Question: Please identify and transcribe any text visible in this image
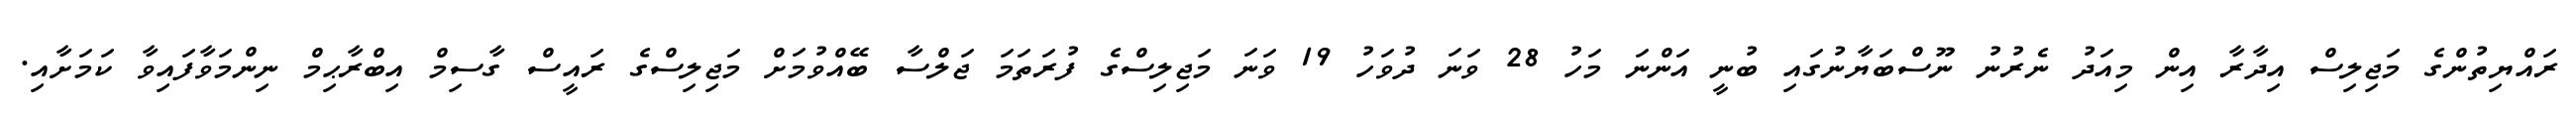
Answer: ރައްޔިތުންގެ މަޖިލިސް އިދާރާ އިން މިއަދު ނެރުނު ނޫސްބަޔާނުގައި ބުނީ އަންނަ މަހު 28 ވަނަ ދުވަހު 19 ވަނަ މަޖިލިސްގެ ފުރަތަމަ ޖަލްސާ ބޭއްވުމަށް މަޖިލިސްގެ ރައީސް ގާސިމް އިބްރާޙިމް ނިންމަވާފައިވާ ކަމަށާއި.